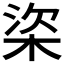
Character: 𣒿